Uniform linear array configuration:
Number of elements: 48
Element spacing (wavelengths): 0.75
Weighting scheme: blackman
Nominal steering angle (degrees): -60
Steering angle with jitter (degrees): -60.14
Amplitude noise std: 0.05
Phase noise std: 0.05

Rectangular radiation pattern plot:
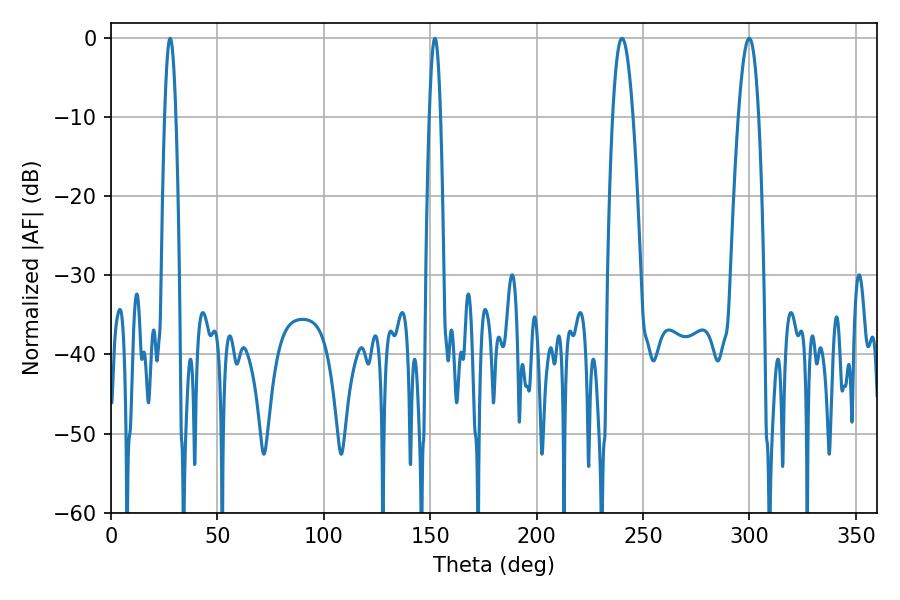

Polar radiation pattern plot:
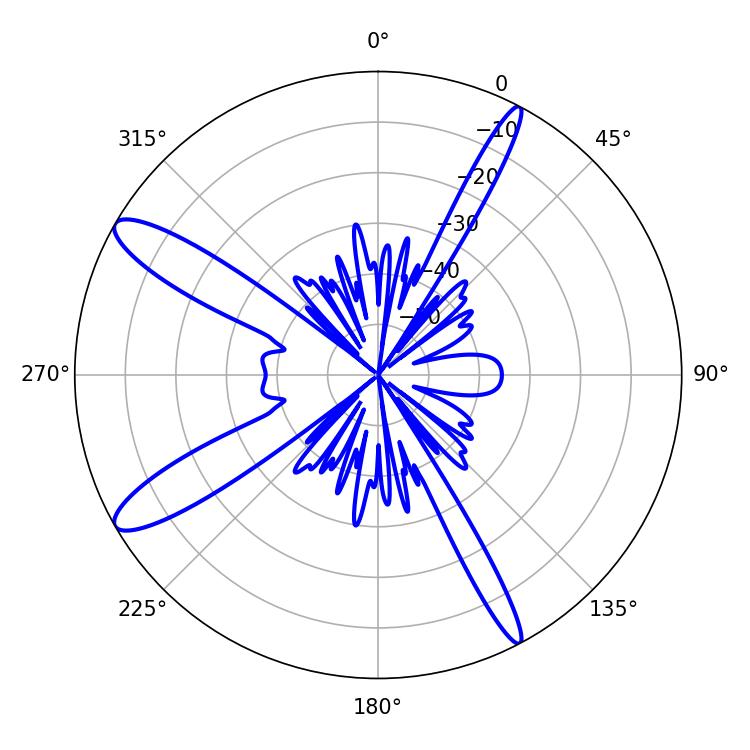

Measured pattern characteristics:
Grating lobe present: TRUE
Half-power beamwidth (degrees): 5.22
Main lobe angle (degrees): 240.12